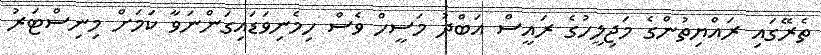
ތެރޭގައި ރައްޔިތުންގެ މަޖިލީހުގެ ރައީސް އަބްދު މަސީހް ވެސް ހިމެނިވަޑައިގަންނަވާ ކަމަށް މިނިސްޓަރު